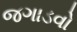
જગાડવો